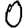
Digit: 0